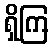
ရှိကြ